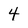
Character: 4